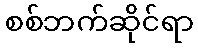
စစ်ဘက်ဆိုင်ရာ